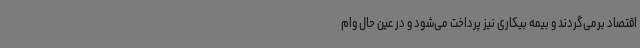
اقتصاد برمی‌گردند و بیمه بیکاری نیز پرداخت می‌شود و در عین حال وام